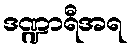
ဒဏ္ဍာရီအရ